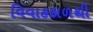
વિવાહકાળથી